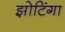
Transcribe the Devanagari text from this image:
झोटिंगा